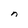
Character: n